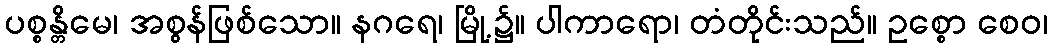
ပစ္စန္တိမေ၊ အစွန်ဖြစ်သော။ နဂရေ၊ မြို့၌။ ပါကာရော၊ တံတိုင်းသည်။ ဥစ္စော စေဝ၊